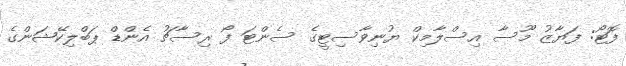
ފޮޓޯ: ފަޔާޒު މޫސާ އިސްލާމިކް ޔުނިވާސިޓީގެ ސެންޓަ ފޯ ރިސާޗު އެންޑް ޕަބްލިކޭޝަންގެ